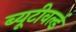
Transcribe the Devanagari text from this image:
ब्यूटीवर्ल्ड